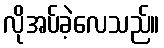
လိုအပ်ခဲ့လေသည်။